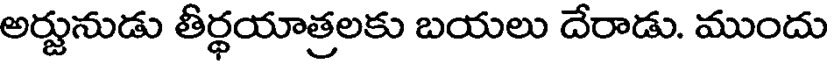
అర్జునుడు తీర్థయాత్రలకు బయలు దేరాడు. ముందు